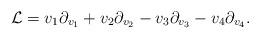
LaTeX: \begin{align*}\mathcal L = v_1 \partial_{v_1}+ v_2\partial_{v_2} -v_3\partial_{v_3}- v_4\partial_{v_4}.\end{align*}